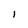
Character: I